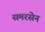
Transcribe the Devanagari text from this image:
समरसेन